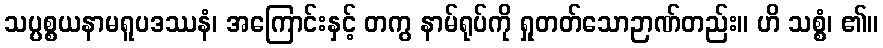
သပ္ပစ္စယနာမရူပဒဿနံ၊ အကြောင်းနှင့် တကွ နာမ်ရုပ်ကို ရှုတတ်သောဉာဏ်တည်း။ ဟိ သစ္စံ၊ ၏။